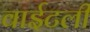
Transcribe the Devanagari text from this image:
वाईटली